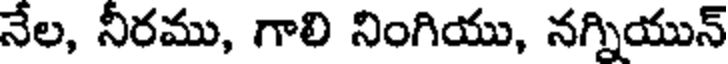
నేల, నీరము, గాలి నింగియు, నగ్నియున్